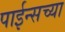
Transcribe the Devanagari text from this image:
पाईन्सच्या